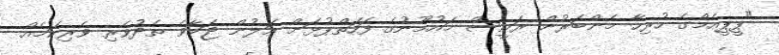
"ޕީޕީއެމްގެ ހުރިހާ މެންބަރުން ރައީސް މައުމޫނުގެ ފަހަތްޕުޅަށް އަލުން ޖަމާވެ ތެދުވެރި ވެރިކަމެއް